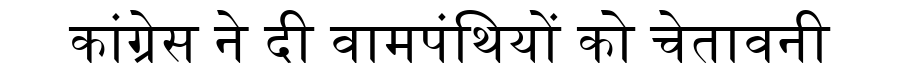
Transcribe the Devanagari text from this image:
कांग्रेस ने दी वामपंथियों को चेतावनी